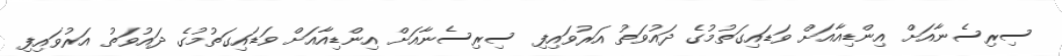
ސިރިސެނާއަށް އިންޑިއާއަށް ވަޑައިގަތުމުގެ ދައުވަތު އަރުވައިފި ސިރިސެނާއަށް އިންޑިއާއަށް ވަޑައިގަތުމުގެ ދައުވަތު އަރުވައިފި